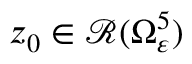
z _ { 0 } \in \mathcal { R } ( \Omega _ { \varepsilon } ^ { 5 } )